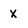
Character: X